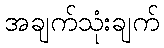
အချက်သုံးချက်